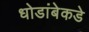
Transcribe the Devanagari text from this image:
धोडांबेकडे